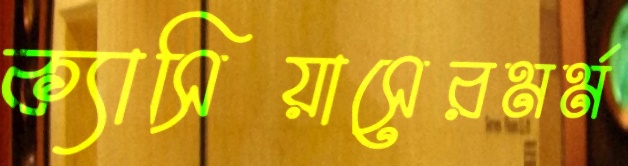
ক্যাসিয়াসেরমর্ম